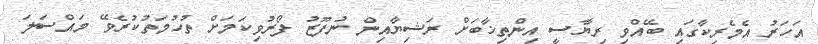
އަހަރު އެމެރިކާގައި ބޭއްވި ރިޔާސީ އިންތިޚާބަށް ރަޝިޔާއިން ނުފޫޒު ފޯރުވިކަމަށް ތުހުމަތުކުރެވޭ މައްސަލަ